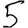
Digit: 5